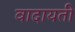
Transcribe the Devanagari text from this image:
वादायती